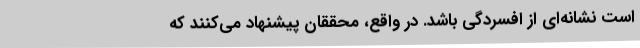
است نشانه‌ای از افسردگی باشد. در واقع، محققان پیشنهاد می‌کنند که